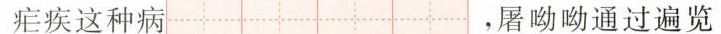
疟疾这种病 ，屠呦呦通过遍览